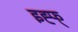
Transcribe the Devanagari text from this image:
इह्फ्